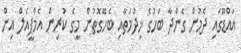
އައްޑޫގައި ދެމުން ގެންދާ ބަހުގެ ޚިދުމަތާއި ބެހޭގޮތުން މީގެ ކުރިން އެމްޕީއެލް އިން